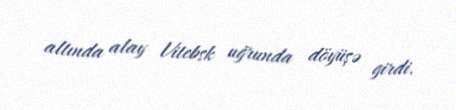
altında alay Vitebsk uğrunda döyüşə girdi.